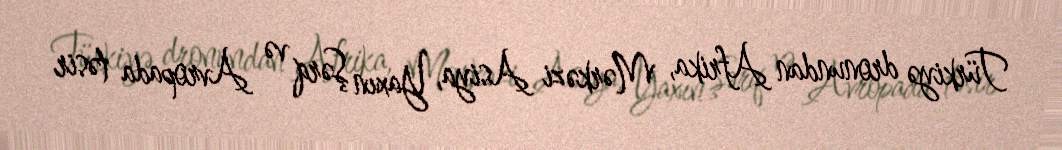
Türkiyə dronundan Afrika, Mərkəzi Asiya, Yaxın Şərq və Avropada təsir